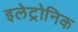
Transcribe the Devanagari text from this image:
इलेट्रोनिक